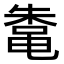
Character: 𬹣